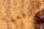
يدفعها